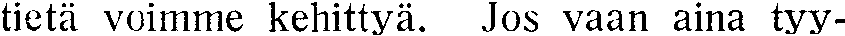
tietä voimme kehittyä. Jos vaan aina tyy-